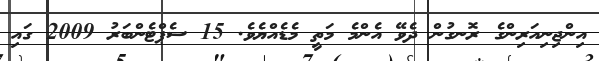
އިންޖިނިއަރިންގެ ރޮނގުން ދެވޭ އެންމެ މަތީ މެޑެއްޔެވެ. 15 ސެޕްޓެންބަރު 2009 ގައި